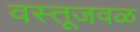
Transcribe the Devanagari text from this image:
वस्तूजवळ